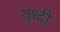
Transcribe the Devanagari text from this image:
वृध्दी